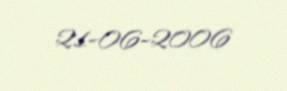
21-06-2006